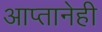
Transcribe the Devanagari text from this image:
आप्तानेही